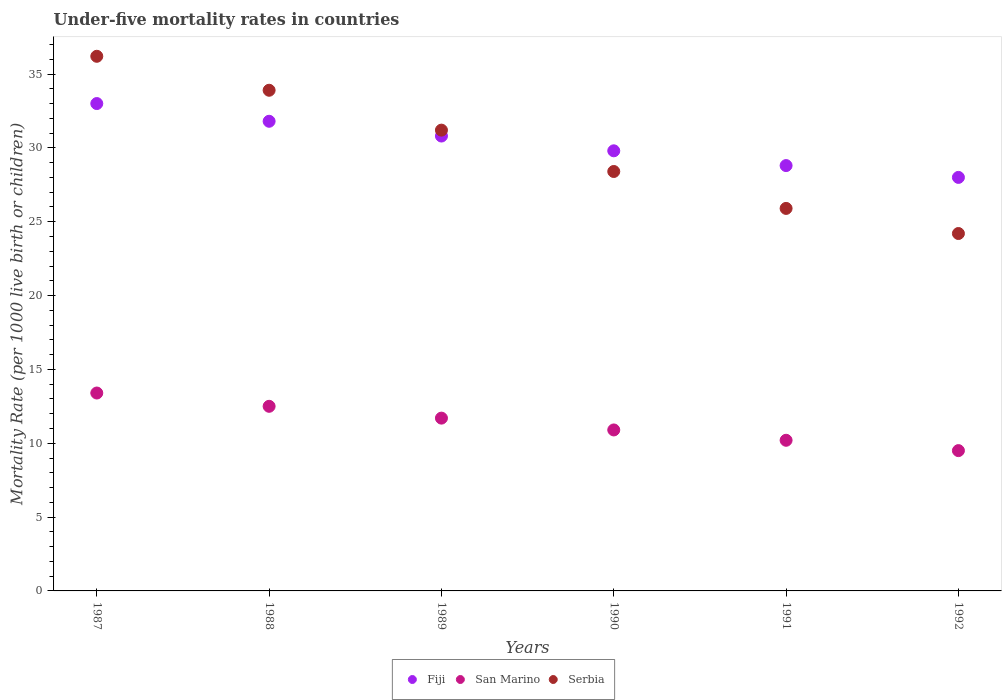
| Years | Fiji | San Marino | Serbia |
 | --- | --- | --- | --- |
 | 1987 | 33 | 13.4 | 36.2 |
 | 1988 | 31.8 | 12.5 | 33.9 |
 | 1989 | 30.8 | 11.7 | 31.2 |
 | 1990 | 29.8 | 10.9 | 28.4 |
 | 1991 | 28.8 | 10.2 | 25.9 |
 | 1992 | 28 | 9.5 | 24.2 |